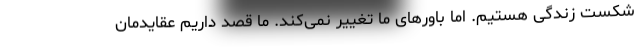
شکست زندگی هستیم. اما باورهای ما تغییر نمی‌کند. ما قصد داریم عقایدمان